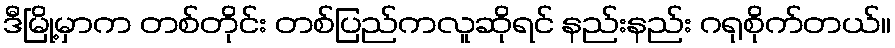
ဒီမြို့မှာက တစ်တိုင်း တစ်ပြည်ကလူဆိုရင် နည်းနည်း ဂရုစိုက်တယ်။